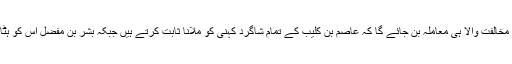
اور یہاں پر بھی مخالفت والا ہی معاملہ بن جائے گا کہ عاصم بن کلیب کے تمام شاگرد کہنی کو ملانا ثابت کرتے ہیں جبکہ بشر بن مفضل اس کو ہٹانا ذکر کرتا ہے۔